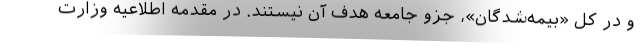
و در کل «بیمه‌شدگان»، جزو جامعه هدف آن نیستند. در مقدمه اطلاعیه وزارت